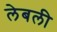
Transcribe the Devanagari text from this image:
लेबली